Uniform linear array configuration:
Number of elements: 16
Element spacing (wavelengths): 0.25
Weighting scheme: exponential
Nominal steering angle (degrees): -30
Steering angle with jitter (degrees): -29.01
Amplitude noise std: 0.05
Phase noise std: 0.05

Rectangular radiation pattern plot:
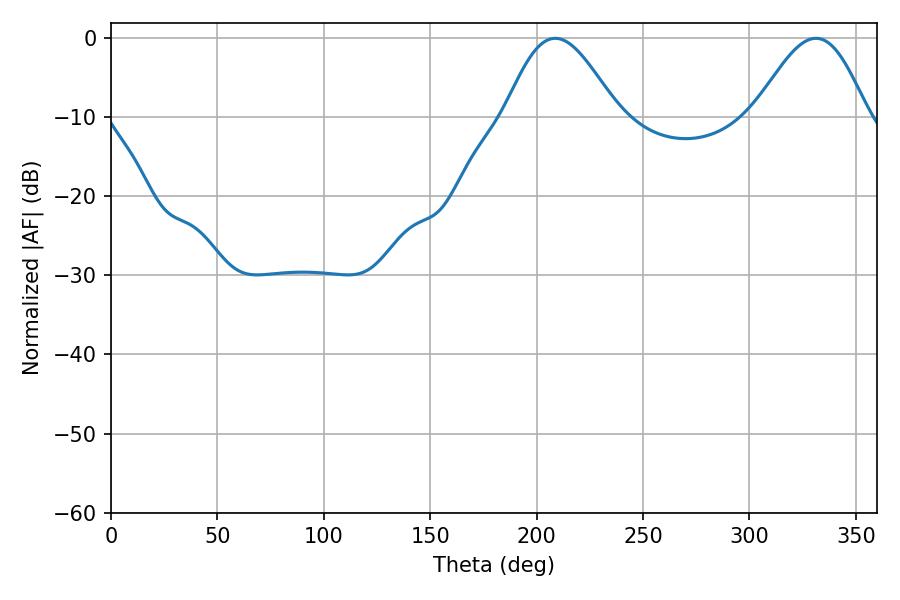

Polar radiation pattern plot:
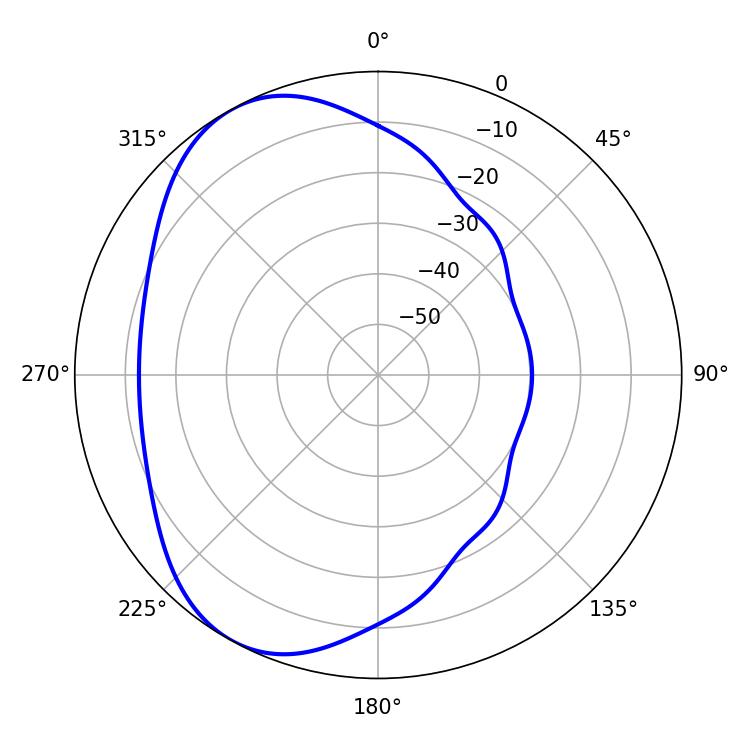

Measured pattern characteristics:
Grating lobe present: FALSE
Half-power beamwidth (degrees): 28.26
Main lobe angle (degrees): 208.8